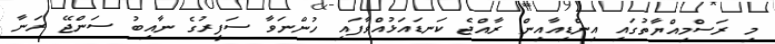
މި ރަސްމިއްޔާތުގައި އިންޑިއާއިން ރާއްޖެ ކަނޑައަޅުއްވާފައި ހުންނަވާ ސަފީރުގެ ނާއިބު ސަންޖޭ ރަނާ